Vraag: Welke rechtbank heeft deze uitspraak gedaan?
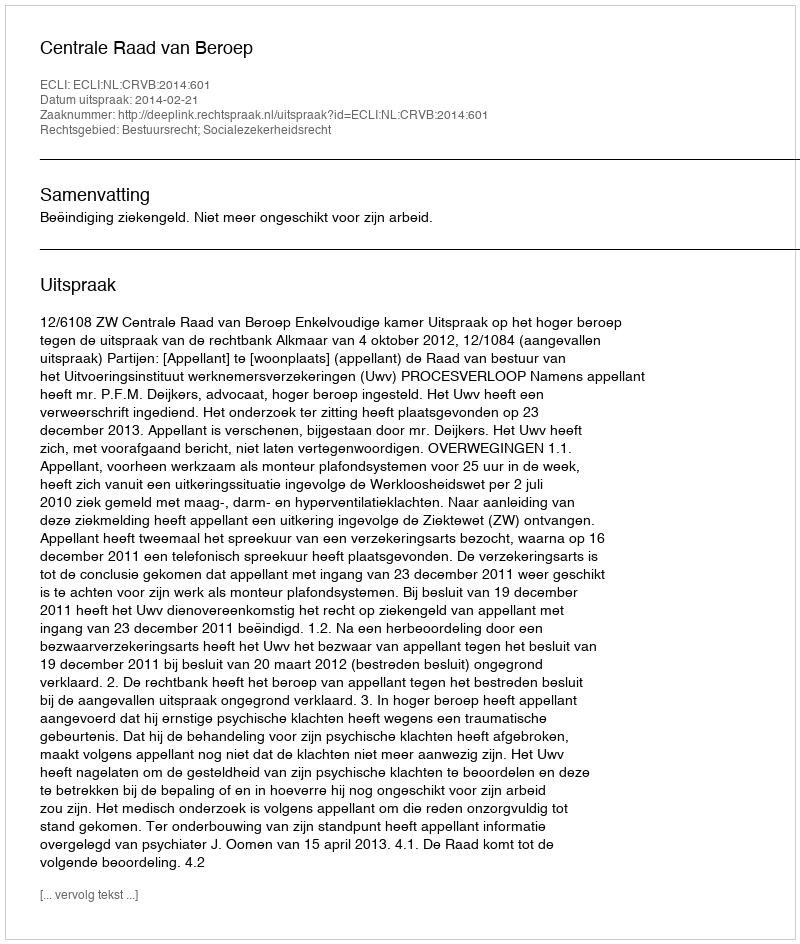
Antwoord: Centrale Raad van Beroep